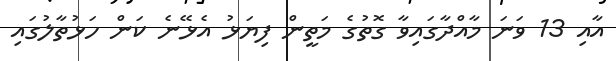
އާއި 13 ވަނަ މާއްދާގައިވާ ގޮތުގެ މަތީން ފިޔަޅު އެޅޭނެ ކަން ހަޅުތާލުގައި